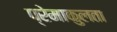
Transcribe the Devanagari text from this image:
प्रेमाकुलता